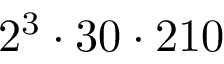
2 ^ { 3 } \cdot 3 0 \cdot 2 1 0